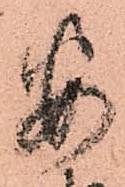
安